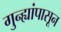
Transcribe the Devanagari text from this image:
गुन्ह्यांपासून